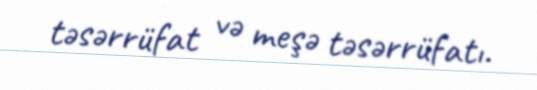
təsərrüfat və meşə təsərrüfatı.